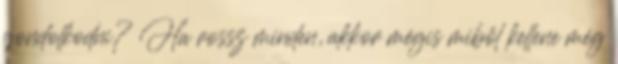
gondolkodni? Ha rossz minden, akkor mégis miből kellene még